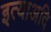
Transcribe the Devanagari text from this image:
इत्याअदि